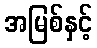
အမြစ်နှင့်